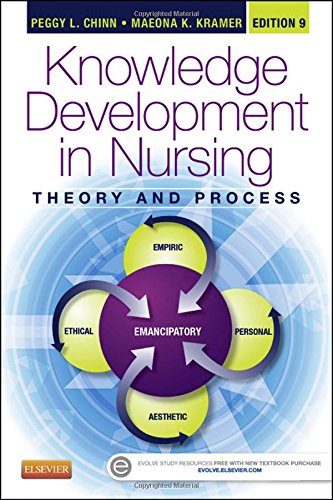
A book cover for Knowledge Development in Nursing: Theory and Process, 9e (Chinn,Integrated Theory and Knowledge Development in Nursing); Peggy L. Chinn PhD  RN  FAAN; Medical Books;